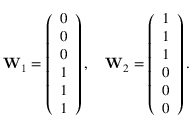
\begin{array} { r } { \mathbf { W } _ { 1 } = \left( \begin{array} { l } { 0 } \\ { 0 } \\ { 0 } \\ { 1 } \\ { 1 } \\ { 1 } \end{array} \right) , \quad \mathbf { W } _ { 2 } = \left( \begin{array} { l } { 1 } \\ { 1 } \\ { 1 } \\ { 0 } \\ { 0 } \\ { 0 } \end{array} \right) . } \end{array}